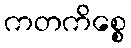
ကတကိစ္စေ